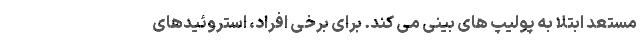
مستعد ابتلا به پولیپ های بینی می کند. برای برخی افراد، استروئیدهای